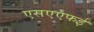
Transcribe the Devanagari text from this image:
एसएएफई